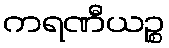
ကရဏီယဉ္စ